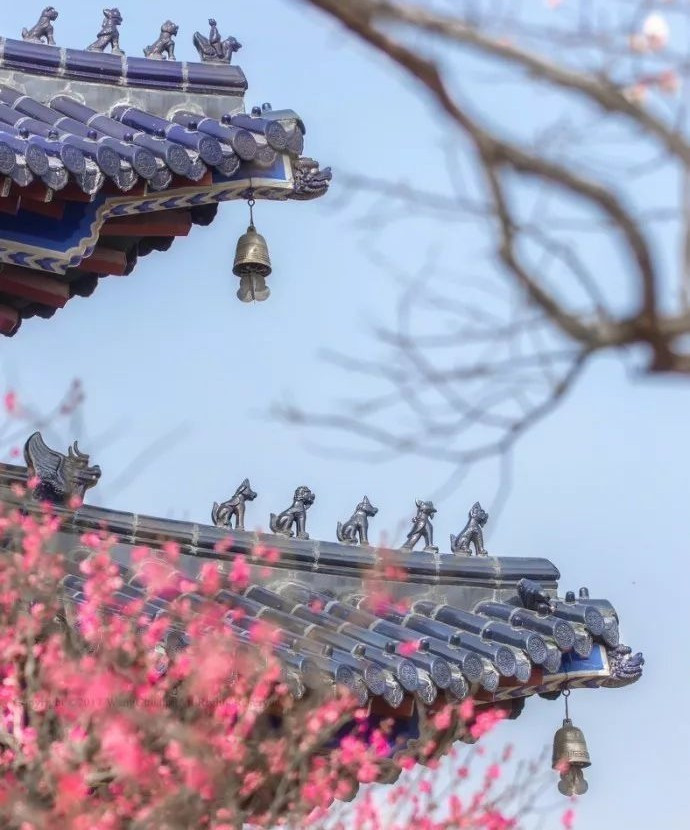
黄鹤楼中吹玉笛，江城五月落梅花。